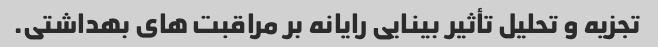
تجزیه و تحلیل تأثیر بینایی رایانه بر مراقبت های بهداشتی.